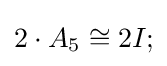
2\cdot A_{5}\cong 2I;